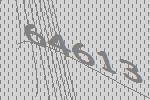
64613